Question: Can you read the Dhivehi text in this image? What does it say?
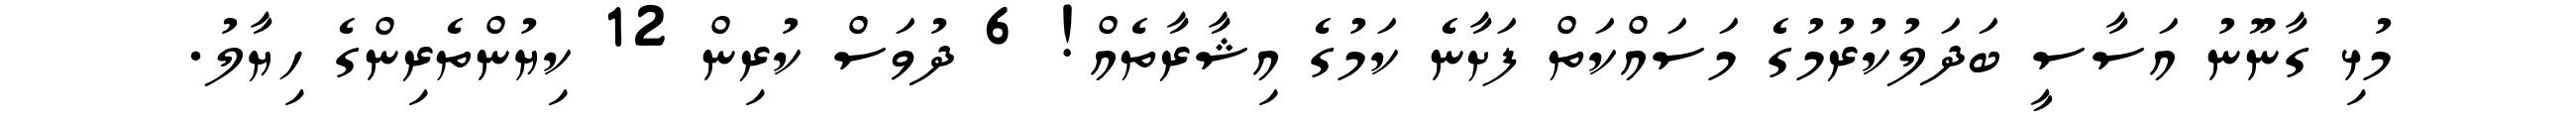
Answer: މުޅި ގާނޫނު އަސާސީ ބަދަލުކުރުމުގެ މަސައްކަތް ފަށާނެ ކަމުގެ އިޝާރާތެއް! 6 ދުވަސް ކުރިން 12 ކިޔުންތެރިންގެ ހިޔާލު.